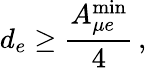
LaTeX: d_{e}\geq\frac{A_{\mu e}^{\mathrm{min}}}{4}\, ,